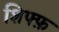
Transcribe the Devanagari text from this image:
शिफ्फ़